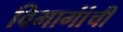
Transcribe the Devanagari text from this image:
विभागांंची